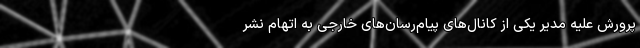
پرورش علیه مدیر یکی از کانال‌های پیام‌رسان‌های خارجی به اتهام نشر